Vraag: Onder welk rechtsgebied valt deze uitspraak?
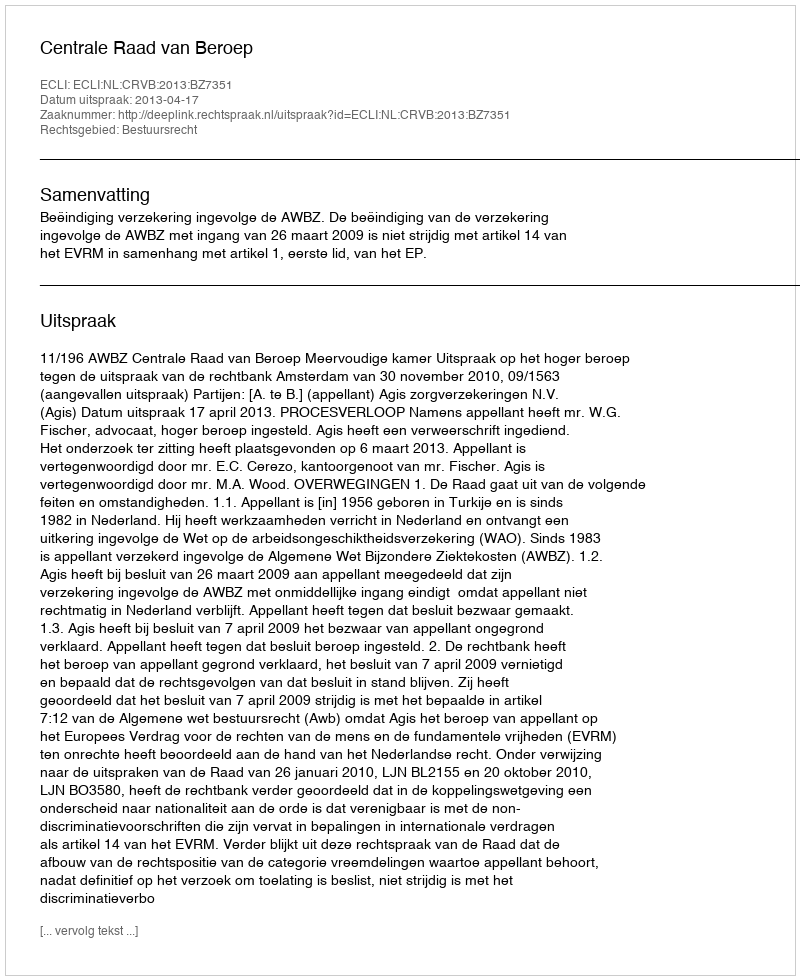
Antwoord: Bestuursrecht